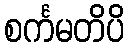
စင်္ကမတိပိ